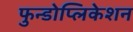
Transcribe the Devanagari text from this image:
फुन्डोप्लिकेशन